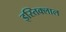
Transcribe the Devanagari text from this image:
इस्तिक्लाल